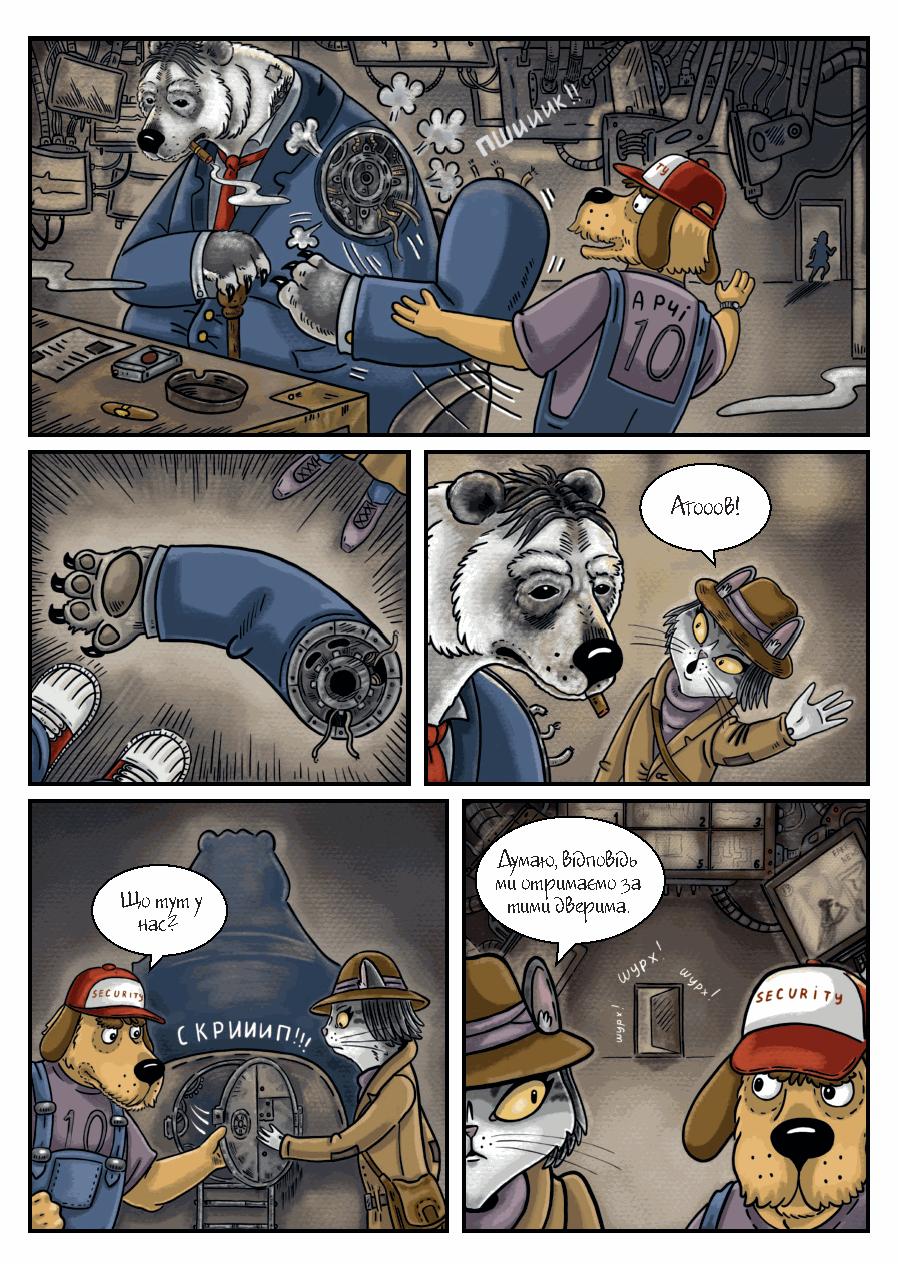
Агооов!
 Думаю, відповідь
 ми отримаємо за
 Що тут у                  тими дверима.
 нас?